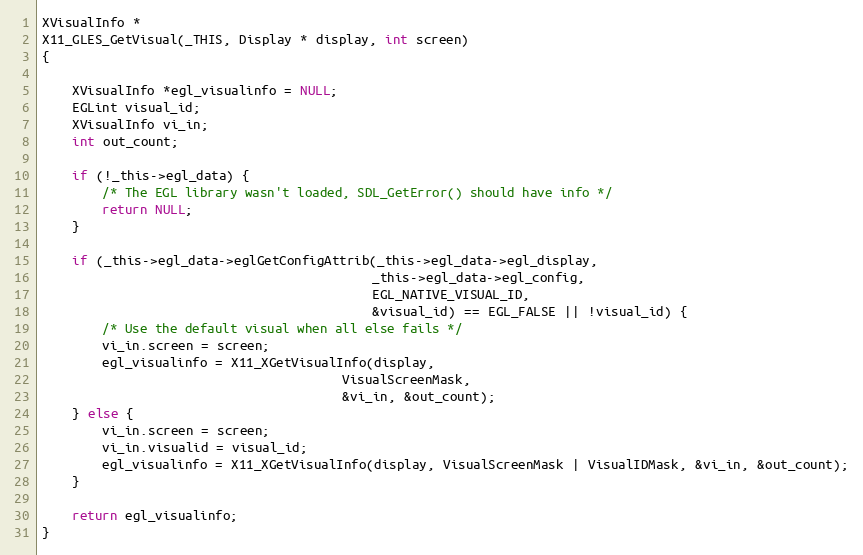
Language: C
XVisualInfo *
X11_GLES_GetVisual(_THIS, Display * display, int screen)
{

    XVisualInfo *egl_visualinfo = NULL;
    EGLint visual_id;
    XVisualInfo vi_in;
    int out_count;

    if (!_this->egl_data) {
        /* The EGL library wasn't loaded, SDL_GetError() should have info */
        return NULL;
    }

    if (_this->egl_data->eglGetConfigAttrib(_this->egl_data->egl_display,
                                            _this->egl_data->egl_config,
                                            EGL_NATIVE_VISUAL_ID,
                                            &visual_id) == EGL_FALSE || !visual_id) {
        /* Use the default visual when all else fails */
        vi_in.screen = screen;
        egl_visualinfo = X11_XGetVisualInfo(display,
                                        VisualScreenMask,
                                        &vi_in, &out_count);
    } else {
        vi_in.screen = screen;
        vi_in.visualid = visual_id;
        egl_visualinfo = X11_XGetVisualInfo(display, VisualScreenMask | VisualIDMask, &vi_in, &out_count);
    }

    return egl_visualinfo;
}